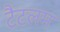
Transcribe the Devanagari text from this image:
टैटलम